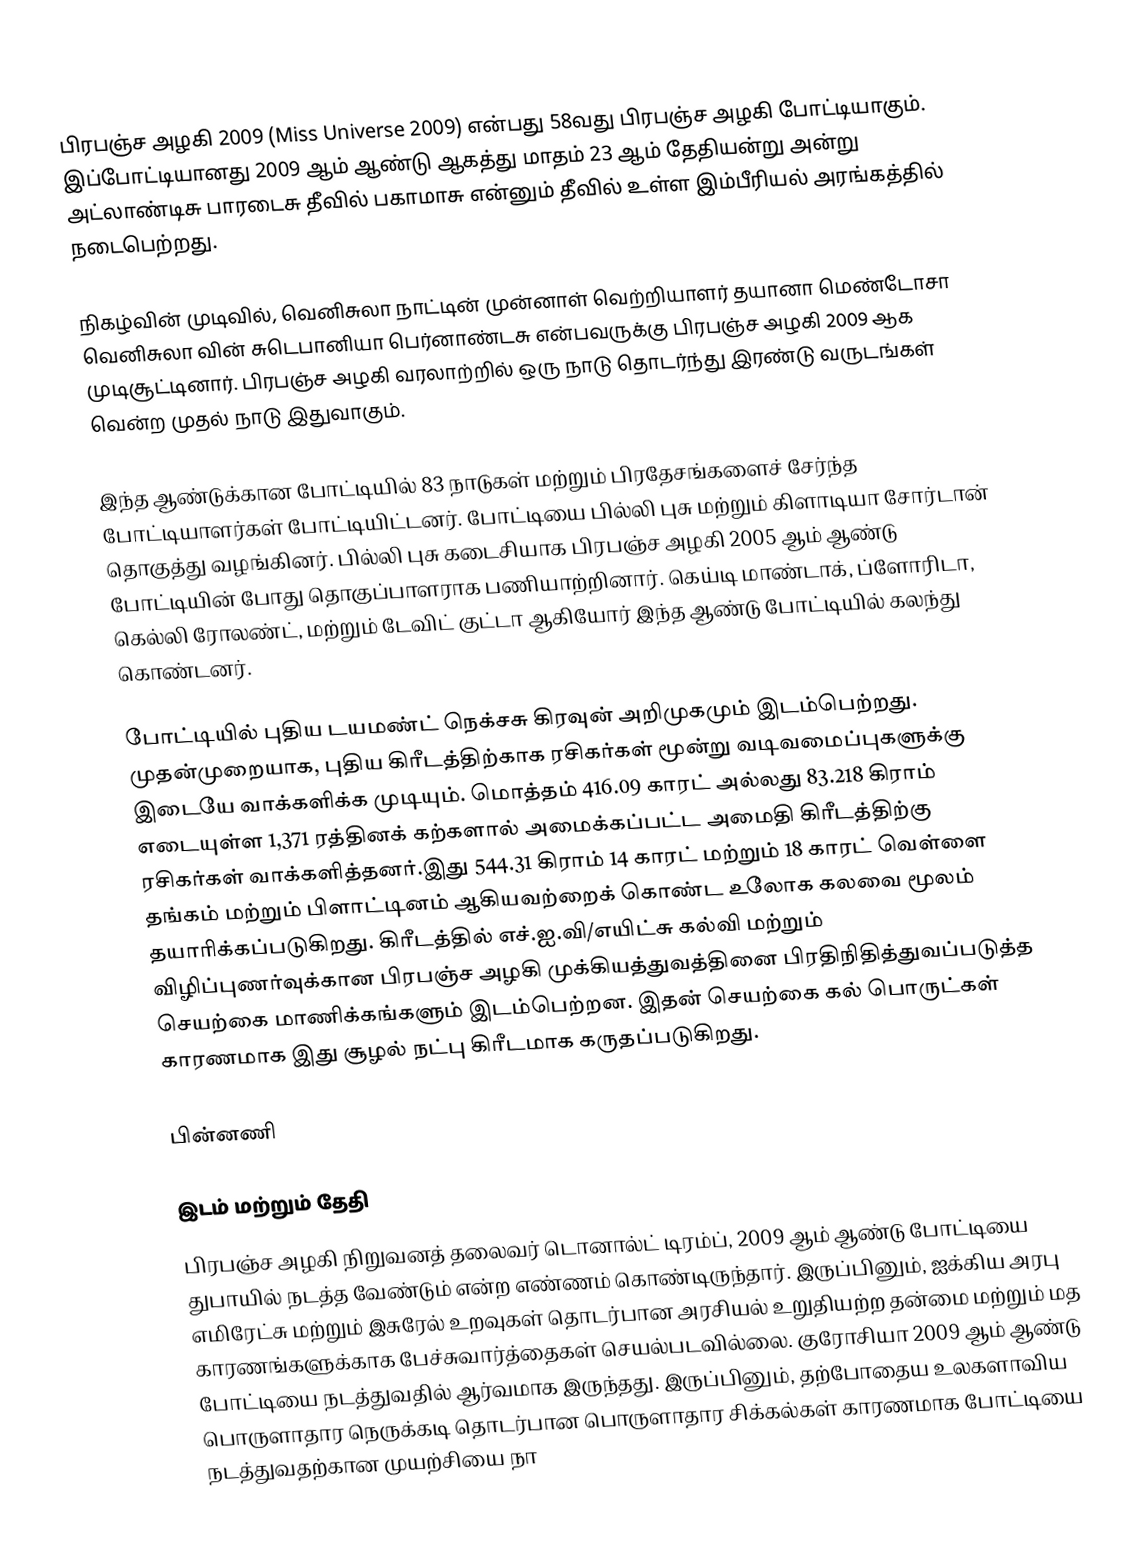
பிரபஞ்ச அழகி 2009 (Miss Universe 2009) என்பது 58வது பிரபஞ்ச அழகி போட்டியாகும். இப்போட்டியானது 2009 ஆம் ஆண்டு ஆகத்து மாதம் 23 ஆம் தேதியன்று அன்று அட்லாண்டிசு பாரடைசு தீவில் பகாமாசு என்னும் தீவில் உள்ள இம்பீரியல் அரங்கத்தில் நடைபெற்றது.

நிகழ்வின் முடிவில், வெனிசுலா நாட்டின் முன்னாள் வெற்றியாளர் தயானா மெண்டோசா வெனிசுலா வின் சுடெபானியா பெர்னாண்டசு என்பவருக்கு பிரபஞ்ச அழகி 2009 ஆக முடிசூட்டினார். பிரபஞ்ச அழகி வரலாற்றில் ஒரு நாடு தொடர்ந்து இரண்டு வருடங்கள் வென்ற முதல் நாடு இதுவாகும்.

இந்த ஆண்டுக்கான போட்டியில் 83 நாடுகள் மற்றும் பிரதேசங்களைச் சேர்ந்த போட்டியாளர்கள் போட்டியிட்டனர். போட்டியை பில்லி புசு மற்றும் கிளாடியா சோர்டான் தொகுத்து வழங்கினர். பில்லி புசு கடைசியாக பிரபஞ்ச அழகி 2005 ஆம் ஆண்டு போட்டியின் போது தொகுப்பாளராக பணியாற்றினார். கெய்டி மாண்டாக், ப்ளோரிடா, கெல்லி ரோலண்ட், மற்றும் டேவிட் குட்டா ஆகியோர் இந்த ஆண்டு போட்டியில் கலந்து கொண்டனர்.

போட்டியில் புதிய டயமண்ட் நெக்சசு கிரவுன் அறிமுகமும் இடம்பெற்றது. முதன்முறையாக, புதிய கிரீடத்திற்காக ரசிகர்கள் மூன்று வடிவமைப்புகளுக்கு இடையே வாக்களிக்க முடியும். மொத்தம் 416.09 காரட் அல்லது 83.218 கிராம் எடையுள்ள 1,371 ரத்தினக் கற்களால் அமைக்கப்பட்ட அமைதி கிரீடத்திற்கு ரசிகர்கள் வாக்களித்தனர்.இது 544.31 கிராம் 14 காரட் மற்றும் 18 காரட் வெள்ளை தங்கம் மற்றும் பிளாட்டினம் ஆகியவற்றைக் கொண்ட உலோக கலவை மூலம் தயாரிக்கப்படுகிறது. கிரீடத்தில் எச்.ஐ.வி/எயிட்சு கல்வி மற்றும் விழிப்புணர்வுக்கான பிரபஞ்ச அழகி முக்கியத்துவத்தினை பிரதிநிதித்துவப்படுத்த செயற்கை மாணிக்கங்களும் இடம்பெற்றன. இதன் செயற்கை கல் பொருட்கள் காரணமாக இது சூழல் நட்பு கிரீடமாக கருதப்படுகிறது.

பின்னணி

இடம் மற்றும் தேதி
பிரபஞ்ச அழகி நிறுவனத் தலைவர் டொனால்ட் டிரம்ப், 2009 ஆம் ஆண்டு போட்டியை துபாயில் நடத்த வேண்டும் என்ற எண்ணம் கொண்டிருந்தார். இருப்பினும், ஐக்கிய அரபு எமிரேட்சு மற்றும் இசுரேல் உறவுகள் தொடர்பான அரசியல் உறுதியற்ற தன்மை மற்றும் மத காரணங்களுக்காக பேச்சுவார்த்தைகள் செயல்படவில்லை. குரோசியா 2009 ஆம் ஆண்டு போட்டியை நடத்துவதில் ஆர்வமாக இருந்தது. இருப்பினும், தற்போதைய உலகளாவிய பொருளாதார நெருக்கடி தொடர்பான பொருளாதார சிக்கல்கள் காரணமாக போட்டியை நடத்துவதற்கான முயற்சியை நா